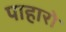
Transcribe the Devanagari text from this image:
पाहारो